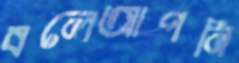
বলেআপনি